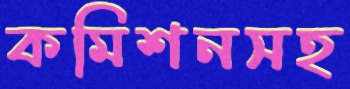
কমিশনসহ